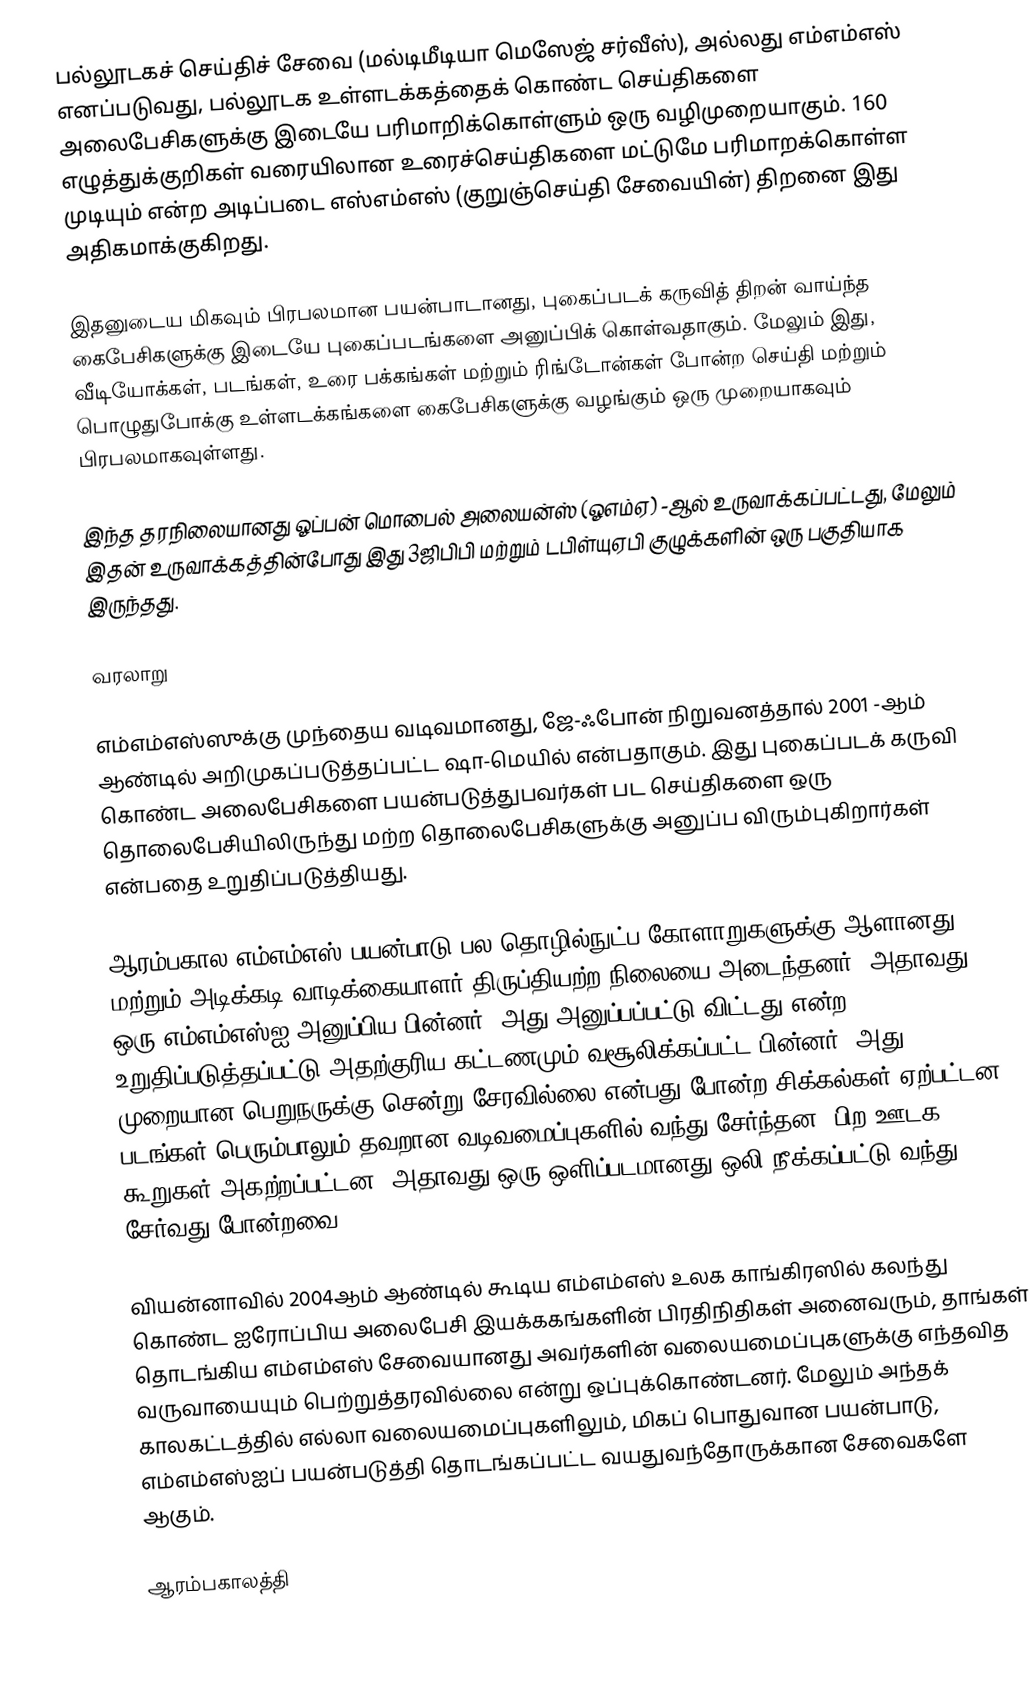
பல்லூடகச் செய்திச் சேவை (மல்டிமீடியா மெஸேஜ் சர்வீஸ்), அல்லது எம்எம்எஸ் எனப்படுவது, பல்லூடக உள்ளடக்கத்தைக் கொண்ட செய்திகளை அலைபேசிகளுக்கு இடையே பரிமாறிக்கொள்ளும் ஒரு வழிமுறையாகும். 160 எழுத்துக்குறிகள் வரையிலான உரைச்செய்திகளை மட்டுமே பரிமாறக்கொள்ள முடியும் என்ற அடிப்படை எஸ்எம்எஸ் (குறுஞ்செய்தி சேவையின்) திறனை இது அதிகமாக்குகிறது.

இதனுடைய மிகவும் பிரபலமான பயன்பாடானது, புகைப்படக் கருவித் திறன் வாய்ந்த கைபேசிகளுக்கு இடையே புகைப்படங்களை அனுப்பிக் கொள்வதாகும். மேலும் இது, வீடியோக்கள், படங்கள், உரை பக்கங்கள் மற்றும் ரிங்டோன்கள் போன்ற செய்தி மற்றும் பொழுதுபோக்கு உள்ளடக்கங்களை கைபேசிகளுக்கு வழங்கும் ஒரு முறையாகவும் பிரபலமாகவுள்ளது.

இந்த தரநிலையானது ஓப்பன் மொபைல் அலையன்ஸ் (ஓஎம்ஏ) -ஆல் உருவாக்கப்பட்டது, மேலும் இதன் உருவாக்கத்தின்போது இது 3ஜிபிபி மற்றும் டபிள்யுஏபி குழுக்களின் ஒரு பகுதியாக இருந்தது.

வரலாறு

எம்எம்எஸ்ஸுக்கு முந்தைய வடிவமானது, ஜே-ஃபோன் நிறுவனத்தால் 2001 -ஆம் ஆண்டில் அறிமுகப்படுத்தப்பட்ட ஷா-மெயில் என்பதாகும். இது புகைப்படக் கருவி கொண்ட அலைபேசிகளை பயன்படுத்துபவர்கள் பட செய்திகளை ஒரு தொலைபேசியிலிருந்து மற்ற தொலைபேசிகளுக்கு அனுப்ப விரும்புகிறார்கள் என்பதை உறுதிப்படுத்தியது.

ஆரம்பகால எம்எம்எஸ் பயன்பாடு பல தொழில்நுட்ப கோளாறுகளுக்கு ஆளானது மற்றும் அடிக்கடி வாடிக்கையாளர் திருப்தியற்ற நிலையை அடைந்தனர். அதாவது ஒரு எம்எம்எஸ்ஐ அனுப்பிய பின்னர், அது அனுப்பப்பட்டு விட்டது என்ற உறுதிப்படுத்தப்பட்டு அதற்குரிய கட்டணமும் வசூலிக்கப்பட்ட பின்னர், அது முறையான பெறுநருக்கு சென்று சேரவில்லை என்பது போன்ற சிக்கல்கள் ஏற்பட்டன. படங்கள் பெரும்பாலும் தவறான வடிவமைப்புகளில் வந்து சேர்ந்தன, பிற ஊடக கூறுகள் அகற்றப்பட்டன, அதாவது ஒரு ஒளிப்படமானது ஒலி நீக்கப்பட்டு வந்து சேர்வது போன்றவை.

வியன்னாவில் 2004ஆம் ஆண்டில் கூடிய எம்எம்எஸ் உலக காங்கிரஸில் கலந்து கொண்ட ஐரோப்பிய அலைபேசி இயக்ககங்களின் பிரதிநிதிகள் அனைவரும், தாங்கள் தொடங்கிய எம்எம்எஸ் சேவையானது அவர்களின் வலையமைப்புகளுக்கு எந்தவித வருவாயையும் பெற்றுத்தரவில்லை என்று ஒப்புக்கொண்டனர். மேலும் அந்தக் காலகட்டத்தில் எல்லா வலையமைப்புகளிலும், மிகப் பொதுவான பயன்பாடு, எம்எம்எஸ்ஐப் பயன்படுத்தி தொடங்கப்பட்ட வயதுவந்தோருக்கான சேவைகளே ஆகும்.

ஆரம்பகாலத்தி